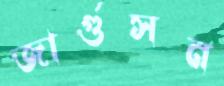
জার্গুসন